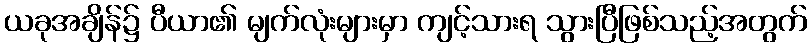
ယခုအချိန်၌ ပီယာ၏ မျက်လုံးများမှာ ကျင့်သားရ သွားပြီဖြစ်သည့်အတွက်